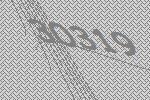
30319